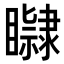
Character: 𥌤